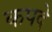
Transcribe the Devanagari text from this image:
कपदे